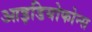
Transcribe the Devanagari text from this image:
आइडियोफोन्स